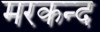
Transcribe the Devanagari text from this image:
मरकन्द